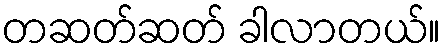
တဆတ်ဆတ် ခါလာတယ်။